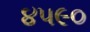
૪૫૯૦